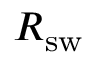
R _ { \mathrm { s w } }